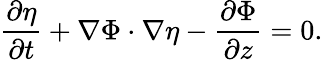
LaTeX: \frac{\partial\eta}{\partial t}+\nabla\Phi\cdot\nabla\eta-\frac{\partial\Phi}{\partial z}=0.